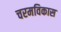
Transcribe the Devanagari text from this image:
चरमविकास